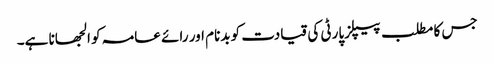
جس کا مطلب پیپلزپارٹی کی قیادت کو بدنام اور رائے عامہ کو الجھانا ہے۔